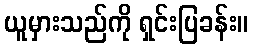
ယူမှားသည်ကို ရှင်းပြခန်း။